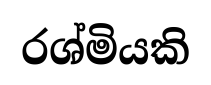
රශ්මියකි